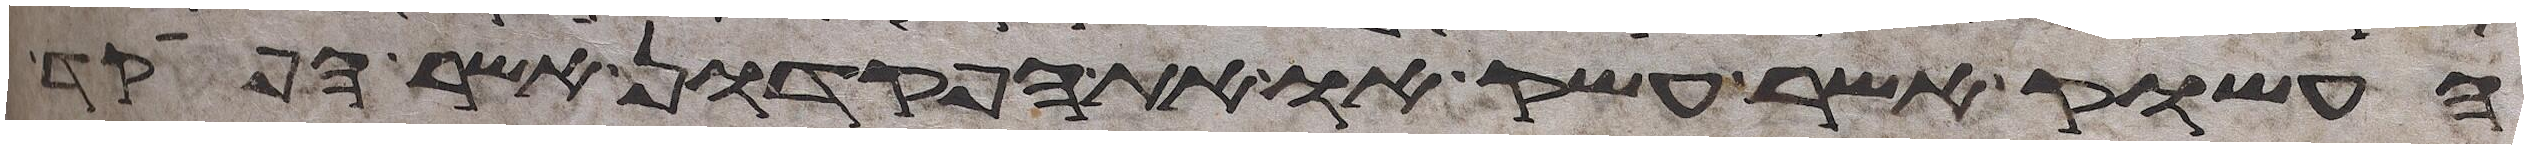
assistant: העשוק אשר עשק או את הפקדון אשר הפקד